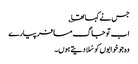
جس نے کہا تھا ؎
اب تو جاگ مسافر پیارے
وہ جو خوابوں کو سُلادیتے ہوں۔